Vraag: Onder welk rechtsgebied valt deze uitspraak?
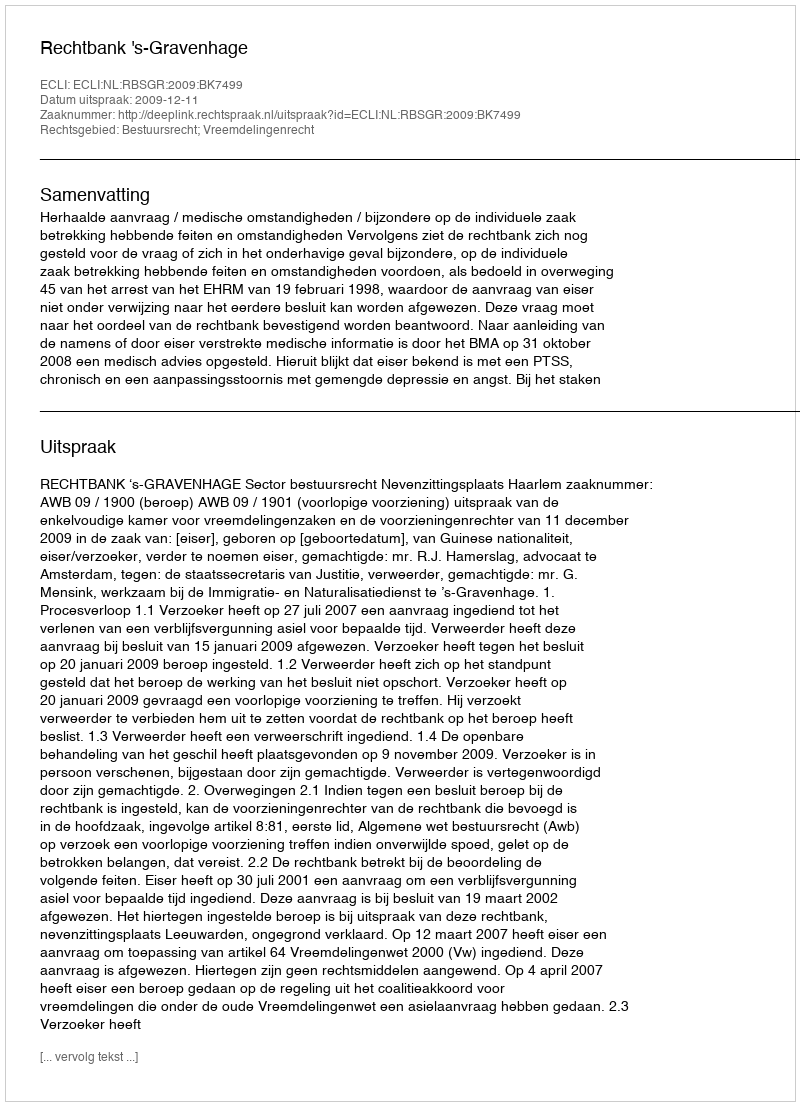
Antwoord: Bestuursrecht; Vreemdelingenrecht